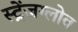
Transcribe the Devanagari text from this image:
स्ट्रेंजग्लोव